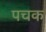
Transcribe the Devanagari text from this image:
पचक